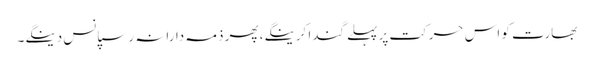
بھارت کو اس حرکت پر پہلے گندا کرینگے، پھر ذمہ دارانہ رسپانس دینگے۔